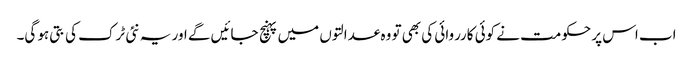
اب اس پر حکومت نے کوئی کارروائی کی بھی تو وہ عدالتوں میں پہنچ جائیں گے اور یہ نئی ٹرک کی بتی ہو گی۔